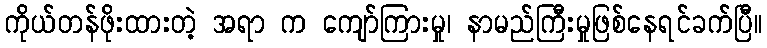
ကိုယ်တန်ဖိုးထားတဲ့ အရာ က ကျော်ကြားမှု၊ နာမည်ကြီးမှုဖြစ်နေရင်ခက်ပြီ။